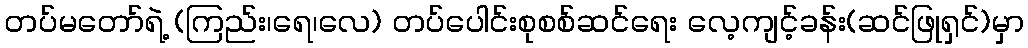
တပ်မတော်ရဲ့ (ကြည်း၊ရေ၊လေ) တပ်ပေါင်းစုစစ်ဆင်ရေး လေ့ကျင့်ခန်း(ဆင်ဖြုရှင်)မှာ